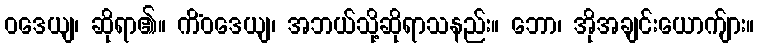
ဝဒေယျ၊ ဆိုရာ၏။ ကိံဝဒေယျ၊ အဘယ်သို့ဆိုရာသနည်း။ ဘော၊ အိုအချင်းယောက်ျား။